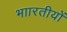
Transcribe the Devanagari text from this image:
भाारतीयों